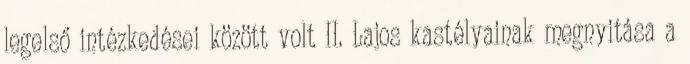
legelső intézkedései között volt II. Lajos kastélyainak megnyitása a